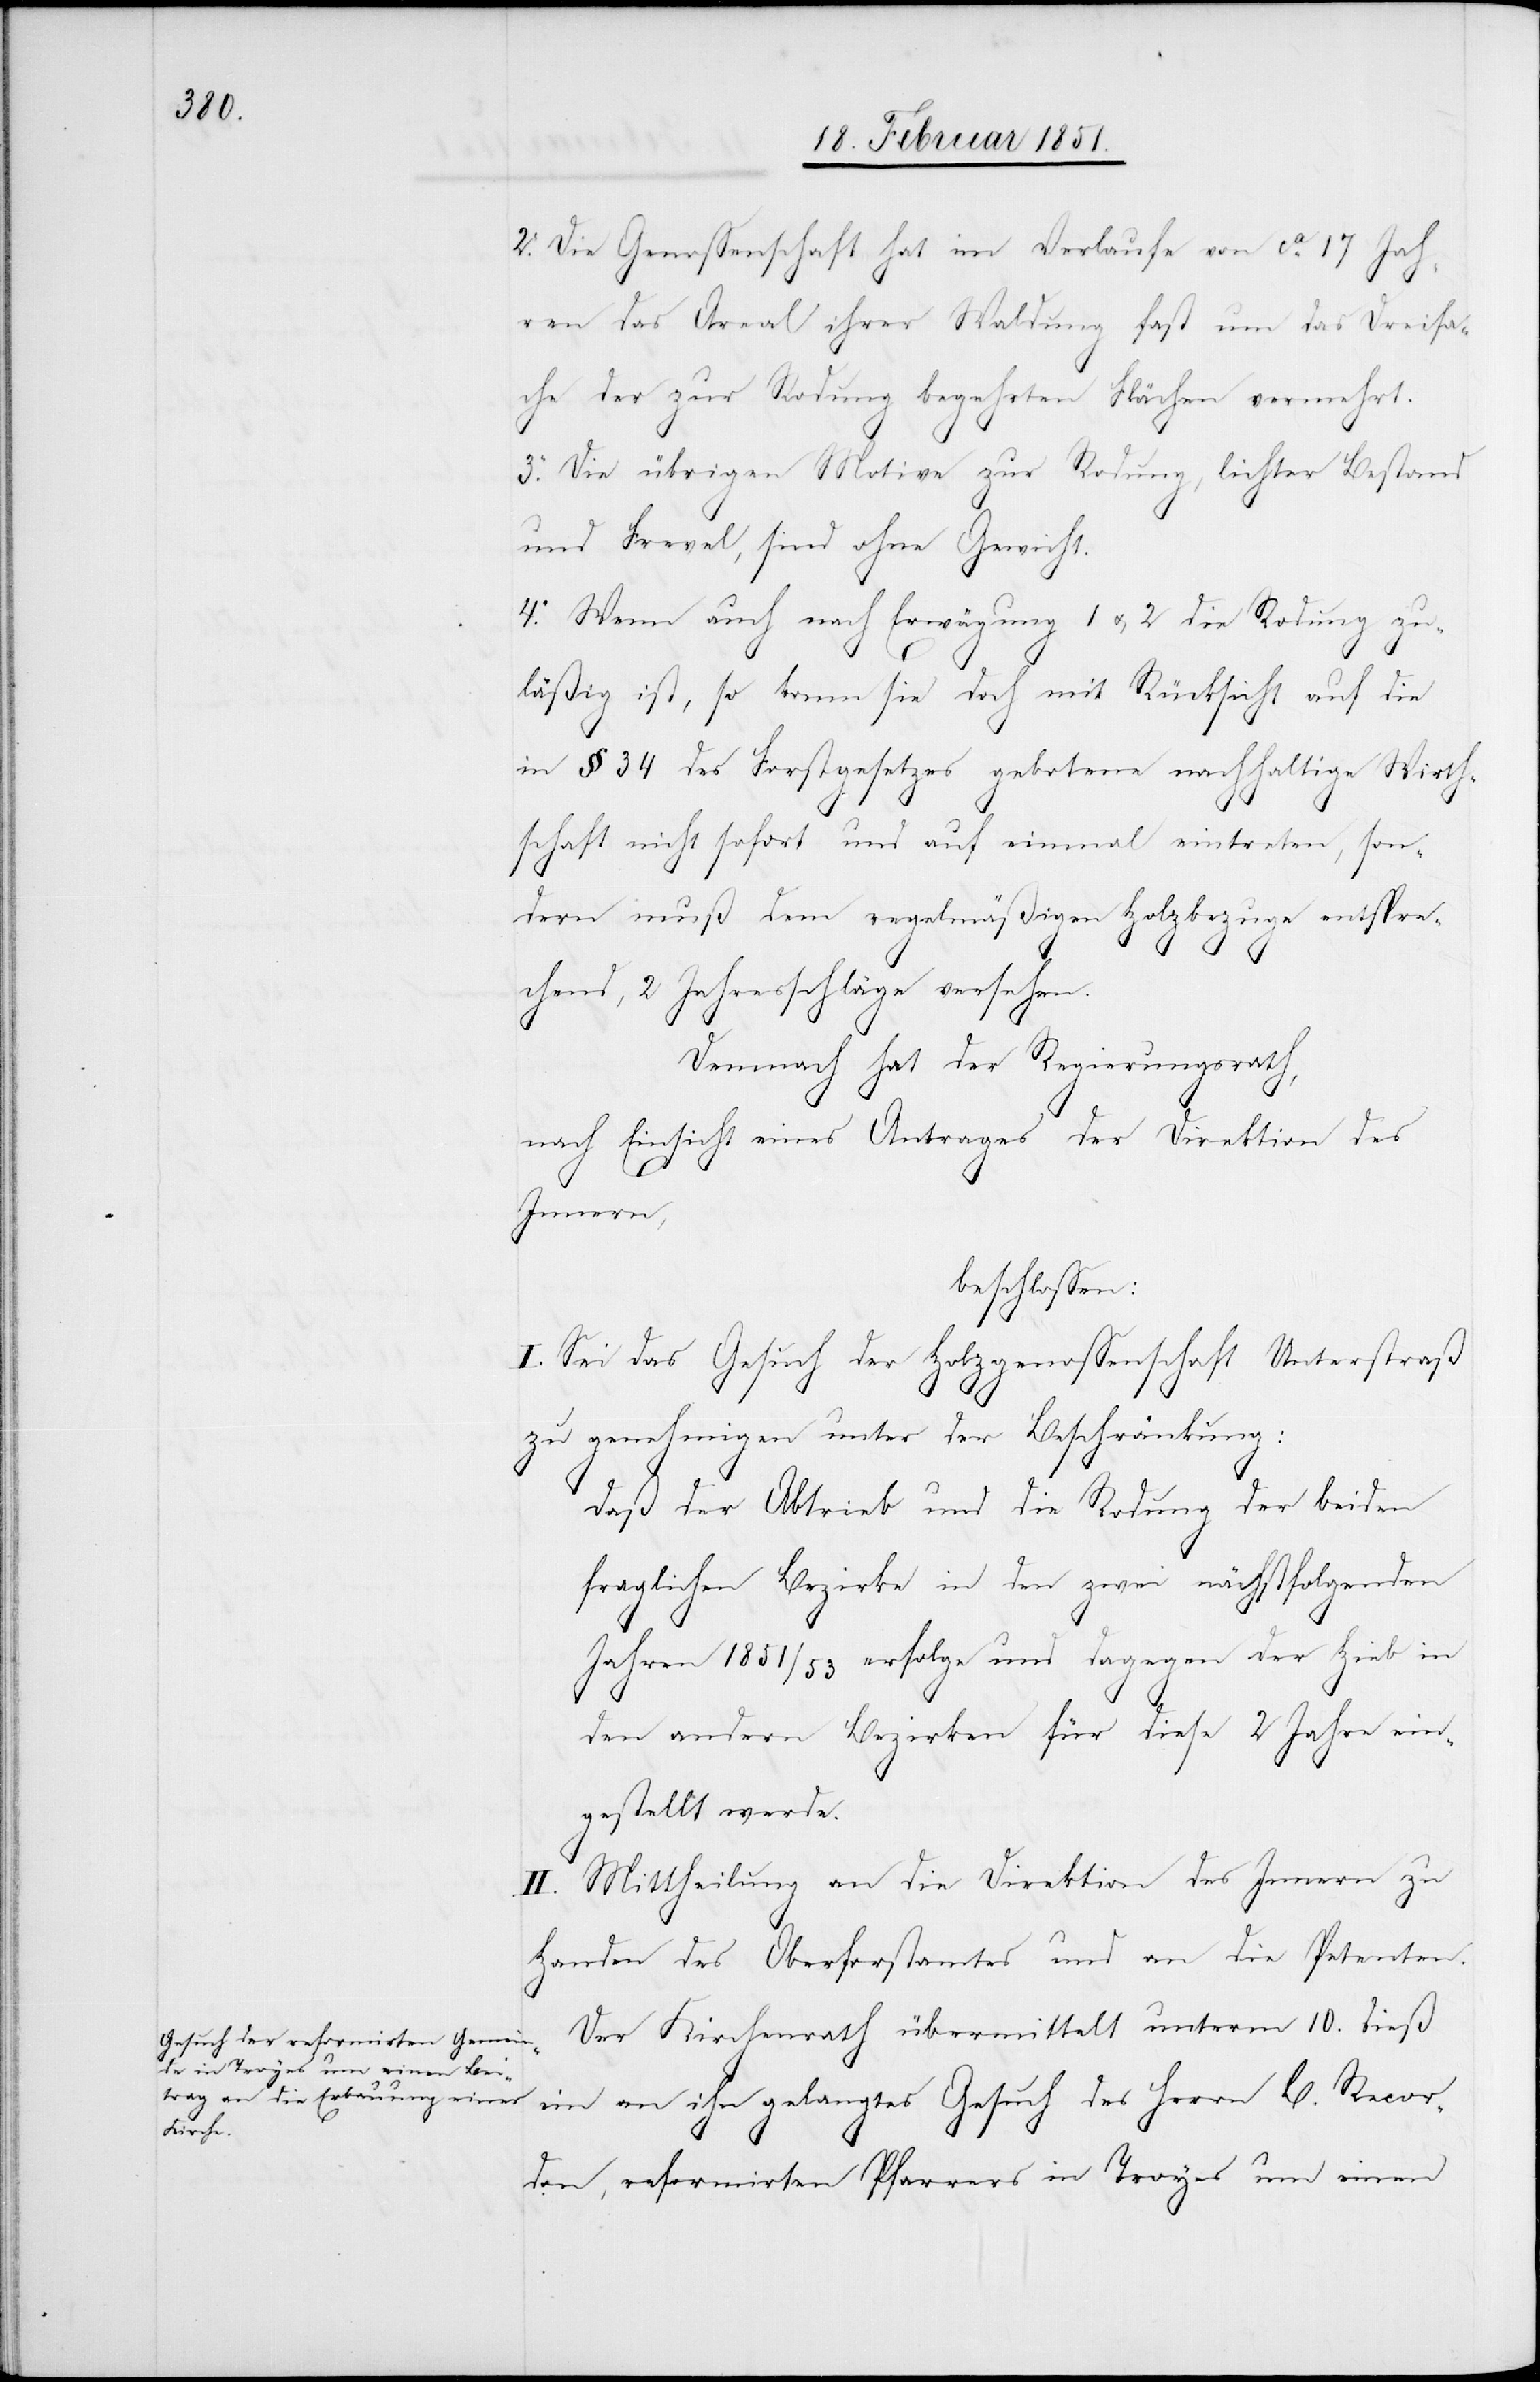
2. Die Genossenschaft hat im Verlaufe von ca. 17 Jah¬
ren das Areal ihrer Waldung fast um das Dreifa¬
che der zur Rodung begehrten Flächen vermehrt.
3. Die übrigen Motive zur Rodung, lichter Bestand
und Frevel, sind ohne Gewicht.
4. Wenn auch nach Erwägung 1 u. 2 die Rodung zu¬
läßig ist, so kann sie doch mit Rücksicht auf die
in § 34 des Forstgesetzes gebotene nachhaltige Wirth¬
schaft nicht sofort und auf einmal eintreten, son¬
dern muß dem regelmäßigen Holzbezuge entspre¬
chend, 2 Jahresschläge versehen.
Demnach hat der Regierungsrath,
nach Einsicht eines Antrages der Direktion des
Innern,
beschlossen:
I. Sei das Gesuch der Holzgenossenschaft Unterstraß
zu genehmigen unter der Beschränkung:
daß der Abtrieb und die Rodung der beiden
fraglichen Bezirke in den zwei nächstfolgenden
Jahren 1851/53 erfolge und dagegen der Hieb in
den andern Bezirken für diese 2 Jahre ein¬
gestellt werde.
II. Mittheilung an die Direktion des Innern zu
Handen des Oberforstamtes und an die Petenten.
Der Kirchenrath übermittelt unterm 10. dieß
ein an ihn gelangtes Gesuch des Herrn C. Recor¬
don, reformirten Pfarrers in Troyes um einen